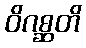
ဝိဂစ္ဆတိ